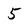
Character: 5